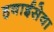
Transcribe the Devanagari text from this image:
हवाईसेवा